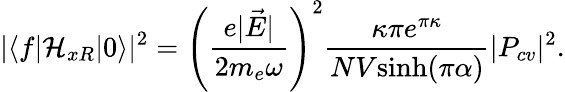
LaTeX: |\langle f\vert\mathcal{H}_{xR}\vert 0\rangle|^{2}=\left(\frac{e|\vec{E}|}{2m_{e}\omega}\right)^{2}\frac{\kappa\pi e^{\pi\kappa}}{NV\textrm{sinh}(\pi\alpha)}|P_{cv}|^{2}.